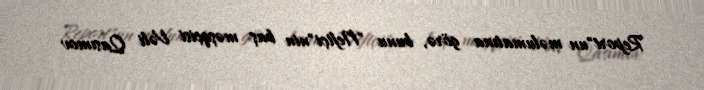
Report"un məlumatına görə, bunu "Neftçi"nin baş məşqçisi Vəli Qasımov